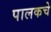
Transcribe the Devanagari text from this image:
पालकचे